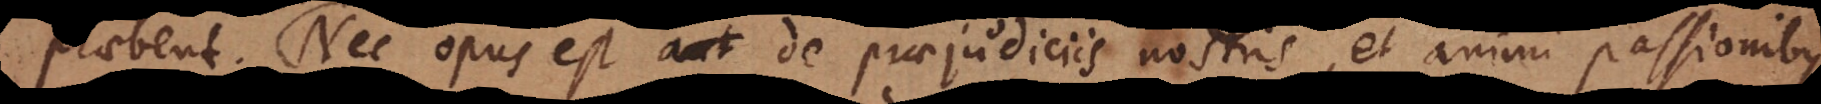
praebent. Nec opus est de praejudiciis nostris, et animi passionibus